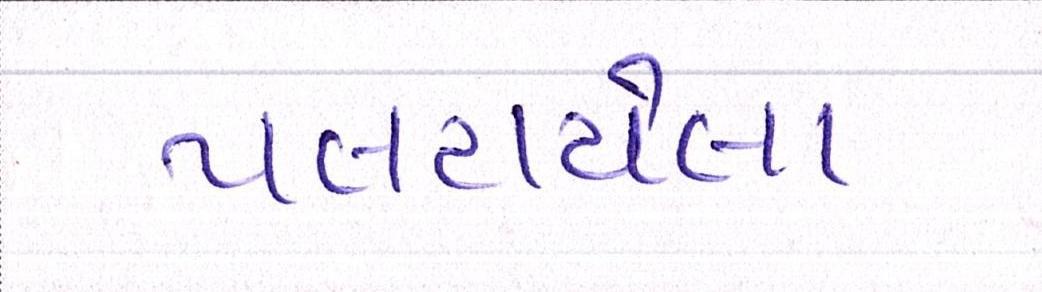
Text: પલટાયેલા